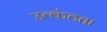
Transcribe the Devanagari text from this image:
उत्कंठता